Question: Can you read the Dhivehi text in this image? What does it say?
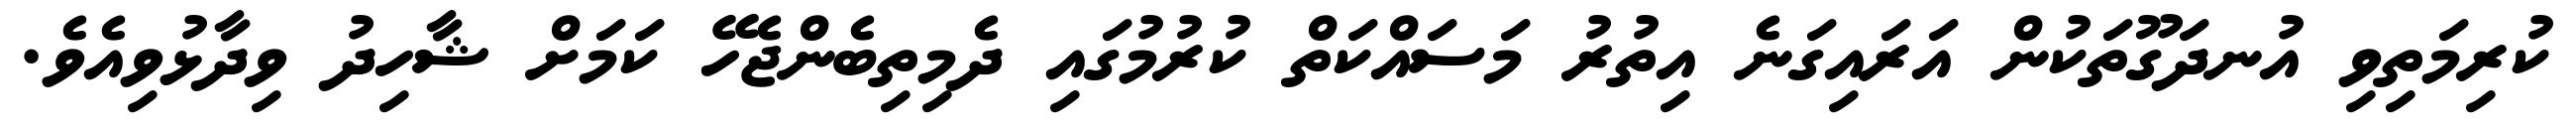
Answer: ކުރިމަތިވި އުނދަގޫތަކުން އަރައިގަނެ އިތުރު މަސައްކަތް ކުރުމުގައި ދެމިތިބެންޖެހޭ ކަމަށް ޝާހިދު ވިދާޅުވިއެވެ.